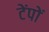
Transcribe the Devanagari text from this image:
टेंपों